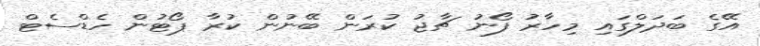
އޭގެ ބަދަލްގައި މިހާރު ފޯނު ޗާޖު ކުރަން ބޭނުން ކުރާ ޕޯޓުން ހެޑްސެޓް